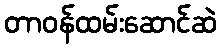
တာဝန်ထမ်းဆောင်ဆဲ